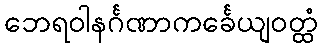
ဘေရဝါနင်္ဂဏာကင်္ခေယျဝတ္ထံ